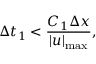
\Delta t _ { 1 } < \frac { C _ { 1 } \Delta x } { | u | _ { \operatorname* { m a x } } } ,